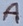
Text: A